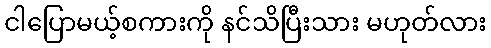
ငါပြောမယ့်စကားကို နင်သိပြီးသား မဟုတ်လား